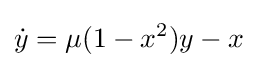
{\dot {y}}=\mu (1-x^{2})y-x